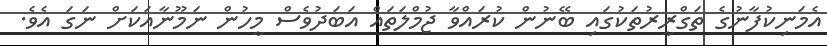
އެމަނިކުފާނުގެ ތަގްރީރުތަކުގައި ބޭނުން ކުރައްވާ ޖުމްލަތައް އަބަދުވެސް މީހުން ނަމޫނާއަކަށް ނަގަ އެވެ.